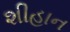
શીહાન